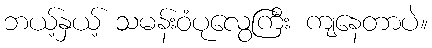
ဘယ့်နှယ့် သမန်းဝံပုလွေကြီး ကျနေတာပဲ။